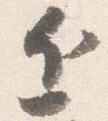
近